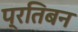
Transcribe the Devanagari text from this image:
प्रतिबन